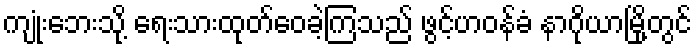
ကျုံးဘေးသို့ ရေးသားထုတ်ဝေခဲ့ကြသည် ဖွင့်ဟဝန်ခံ နာဂိုယာမြို့တွင်